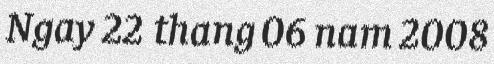
Ngay 22 thang 06 nam 2008